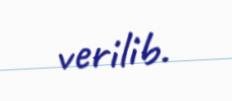
verilib.